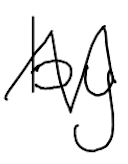
Text: by
Cross-out: zig-zag
Writing tool: digital_black